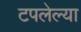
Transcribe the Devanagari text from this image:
टपलेल्या